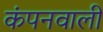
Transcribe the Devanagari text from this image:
कंपनवाली